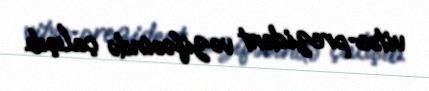
vitse-prezident vəzifəsində çalışıb.